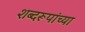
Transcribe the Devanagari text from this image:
शब्दरूपांच्या